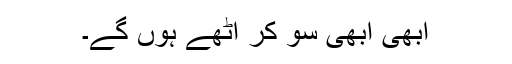
ابھی ابھی سو کر اٹھے ہوں گے۔